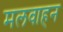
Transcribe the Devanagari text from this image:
मलवाहन